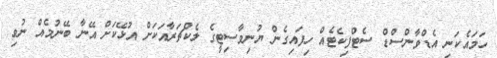
ހަމައެކަނި އެޑްވާންސްޑް ސެޓްފިކެޓެއް ހިފައިގެން ޔުނިވާސިޓީގެ ލެކްޗަރާއަކަށް އުޅޭކަށް އޭނާ ބޭނުމެއް ނުވި